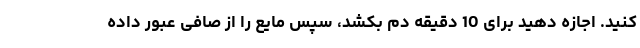
کنید. اجازه دهید برای 10 دقیقه دم بکشد، سپس مایع را از صافی عبور داده